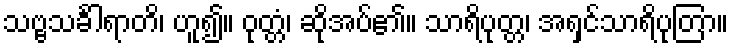
သဗ္ဗသင်္ခါရာတိ၊ ဟူ၍။ ဝုတ္တံ၊ ဆိုအပ်၏။ သာရိပုတ္တ၊ အရှင်သာရိပုတြာ။